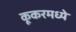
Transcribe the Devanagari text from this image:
कूकरमध्ये